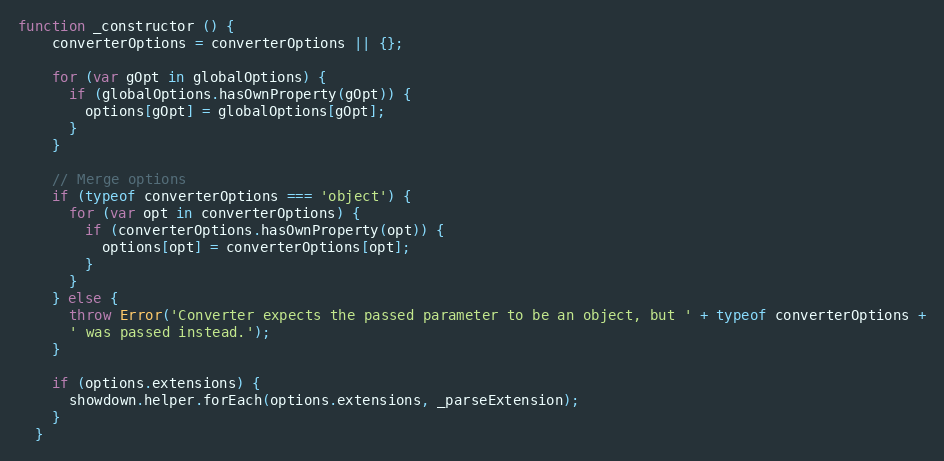
Language: JavaScript
function _constructor () {
    converterOptions = converterOptions || {};

    for (var gOpt in globalOptions) {
      if (globalOptions.hasOwnProperty(gOpt)) {
        options[gOpt] = globalOptions[gOpt];
      }
    }

    // Merge options
    if (typeof converterOptions === 'object') {
      for (var opt in converterOptions) {
        if (converterOptions.hasOwnProperty(opt)) {
          options[opt] = converterOptions[opt];
        }
      }
    } else {
      throw Error('Converter expects the passed parameter to be an object, but ' + typeof converterOptions +
      ' was passed instead.');
    }

    if (options.extensions) {
      showdown.helper.forEach(options.extensions, _parseExtension);
    }
  }